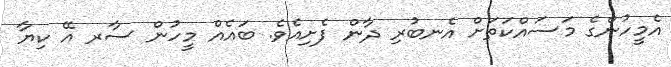
އެމީހުންގެ މަސައްކަތަށް އެނބުރި ދާން ފެށިއެވެ. ބައެއް މީހުން ސާރ އޭ ކިޔާ